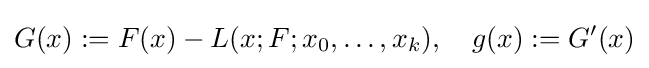
G(x):=F(x)-L(x;F;x_{0},\ldots ,x_{k}),\quad g(x):=G'(x)